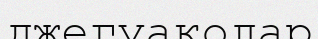
джегуаколар